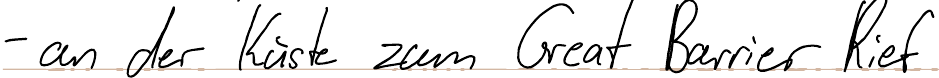
- an der Küste zum Great Barrier Rief